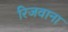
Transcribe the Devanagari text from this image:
रिजवाना